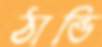
ঠান্ডি